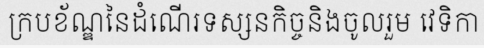
ក្របខ័ណ្ឌនៃដំណើរទស្សនកិច្ចនិងចូលរួម វេទិកា